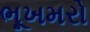
ભૂખમરો